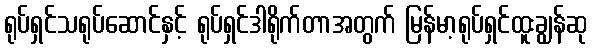
ရုပ်ရှင်သရုပ်ဆောင်နှင့် ရုပ်ရှင်ဒါရိုက်တာအတွက် မြန်မာ့ရုပ်ရှင်ထူးချွန်ဆု